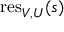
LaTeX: { \mathrm { r e s } } _ { V , U } ( s )